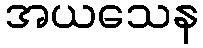
အယသေန